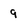
Character: 9